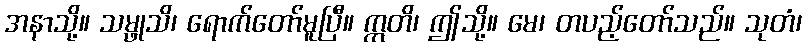
အနာသို့။ သမ္ဖုသိ၊ ရောက်တော်မူပြီ။ ဣတိ၊ ဤသို့။ မေ၊ တပည့်တော်သည်။ သုတံ၊